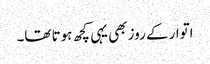
اتوار کے روز بھی یہی کچھ ہوتا تھا۔